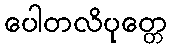
ပေါတလိပုတ္တေ